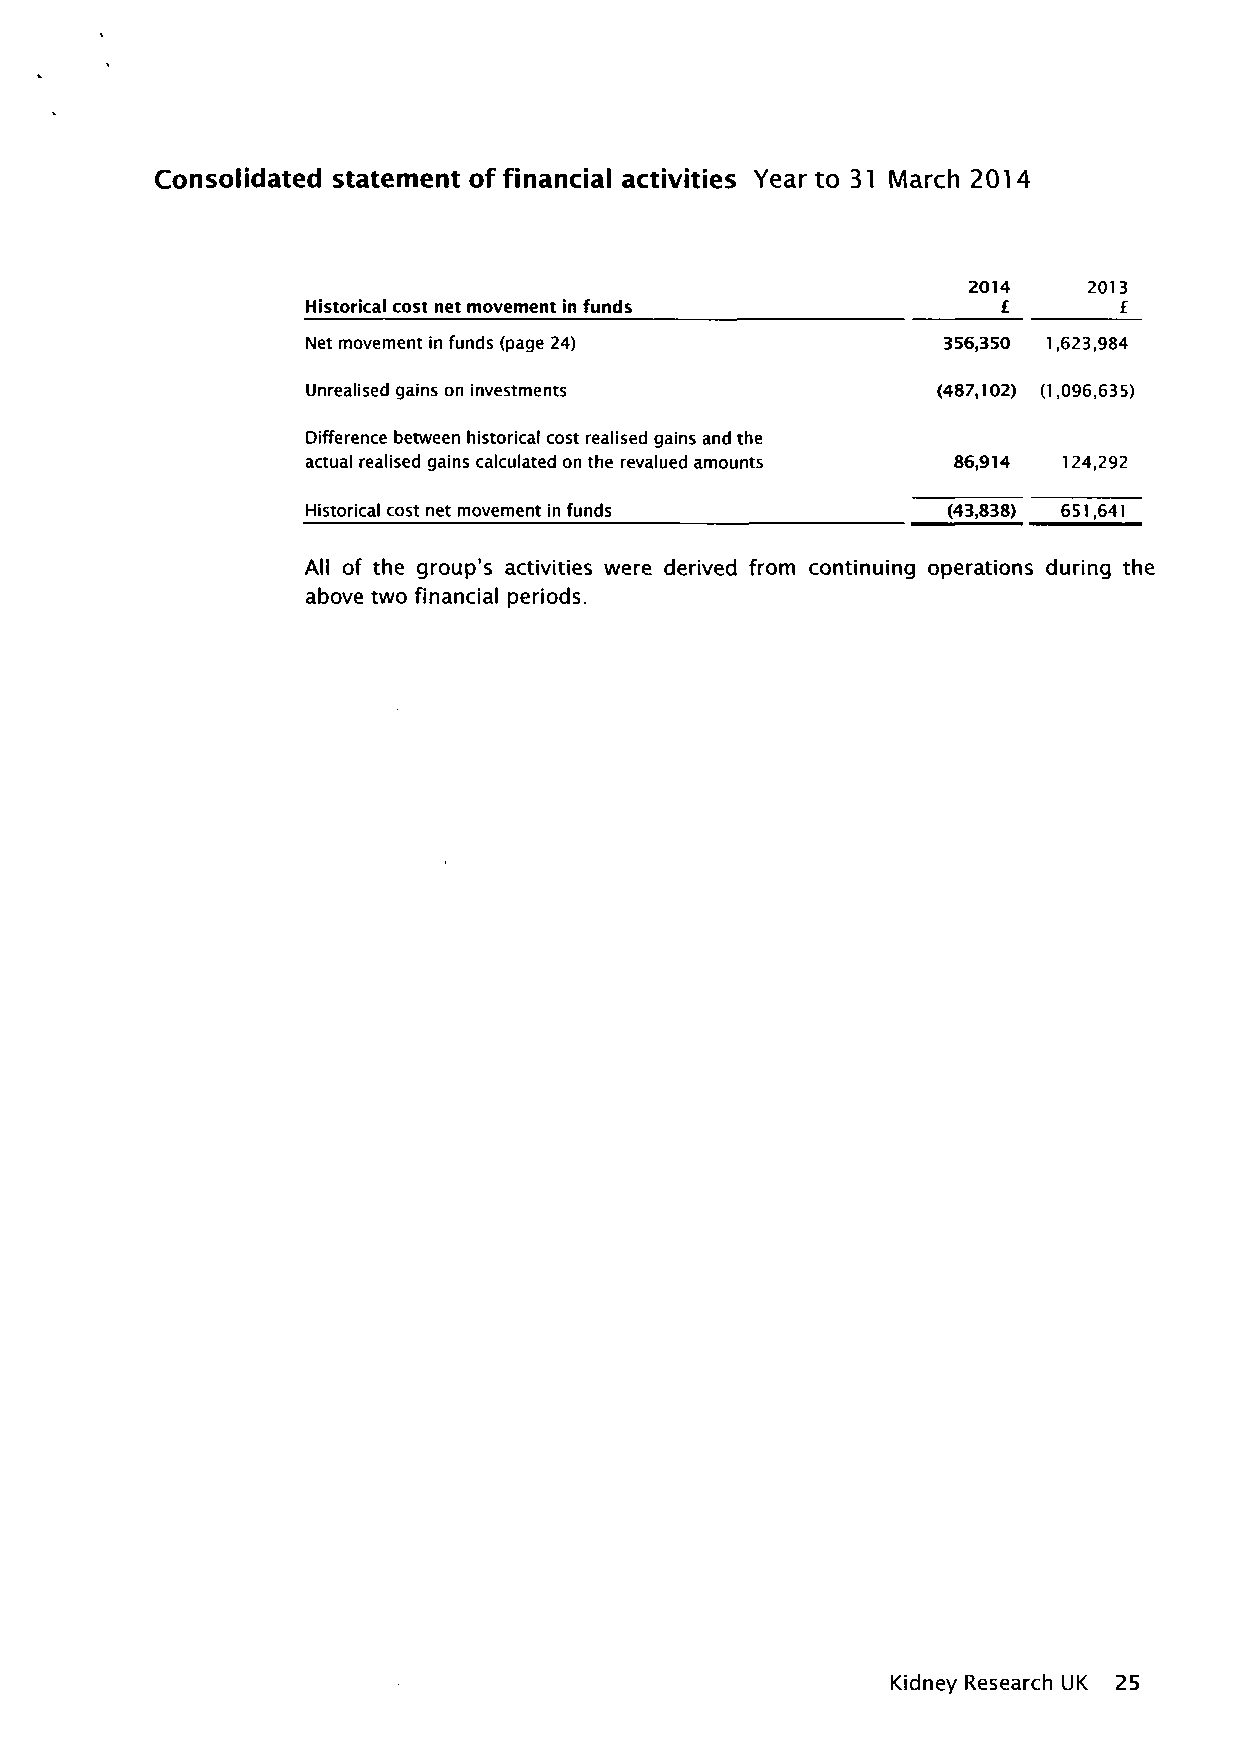
Consolidated statement of financial activities Year to 31 March 2014
 2014    2013
 Historical cost net movement in funds         £       £
 Net movement in funds (page 24)           356,350 1,623,984
 Unrealised gains on investments           (487,102) (1,096,635)
 Difference between historical cost realised gains and the
 actual realised gains calculated on the revalued amounts 86,914 124,292
 Historical cost net movement in funds     (43,838) 651,641
 All of the group's activities were derived from continuing operations during the
 above two financial periods.
 Kidney Research UK 25